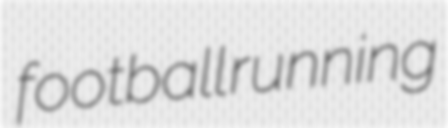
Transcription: football running